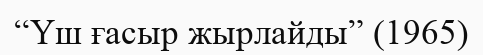
“Үш ғасыр жырлайды” (1965)